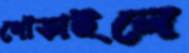
খোঁড়াইলে